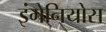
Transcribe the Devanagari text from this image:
इंगेनियोस